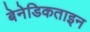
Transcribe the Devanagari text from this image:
बेनेडिकताइन